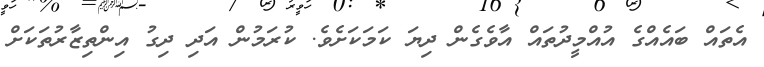
އެތައް ބައެއްގެ އުއްމީދުތައް އާވެގެން ދިޔަ ކަމަކަށެވެ. ކުރަމުން އަދި ދިގު އިންތިޒާރުތަކަށް